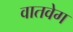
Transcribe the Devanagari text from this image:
वातवेग